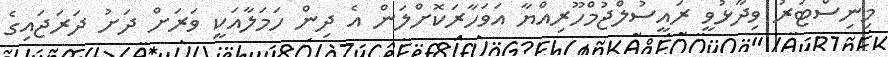
މިނިސްޓަރު ވިދާޅުވީ ރައީސުލްޖުމްހޫރިއްޔާ އަވަހާރަކޮށްލަން އެ ދިން ހަމަލާއަކީ ވަރަށް ދަށު ދަރަޖައިގެ